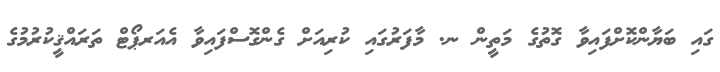
ގައި ބަޔާންކޮށްފައިވާ ގޮތުގެ މަތީން ނ. މާފަރުގައި ކުރިއަށް ގެންގޮސްފައިވާ އެއަރޕޯޓް ތަރައްޤީކުރުމުގެ